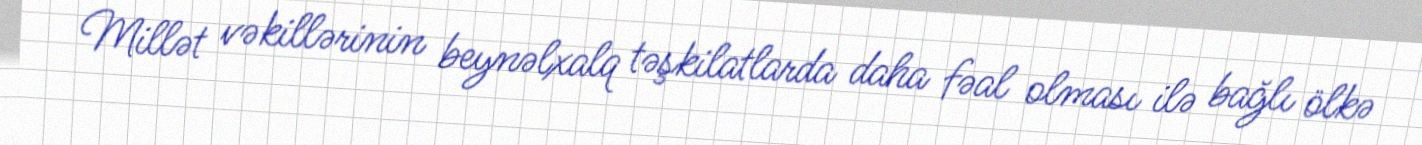
Millət vəkillərinin beynəlxalq təşkilatlarda daha fəal olması ilə bağlı ölkə